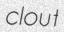
clout